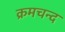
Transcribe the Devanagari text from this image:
क्रमचन्द